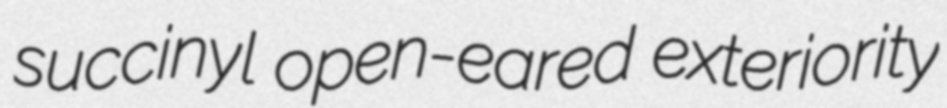
succinyl open-eared exteriority